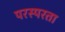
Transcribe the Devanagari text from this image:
परस्परता